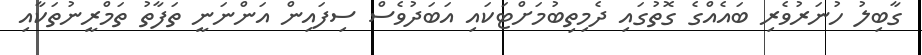
ގާބިލު ހުނަރުވެރި ބައެއްގެ ގޮތުގައި ދެމިތިބުމަށްޓަކައި އަބަދުވެސް ސިފައިން އަންނަނީ ތަފާތު ތަމްރީނުތަކާއި